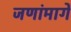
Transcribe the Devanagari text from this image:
जणांमागे